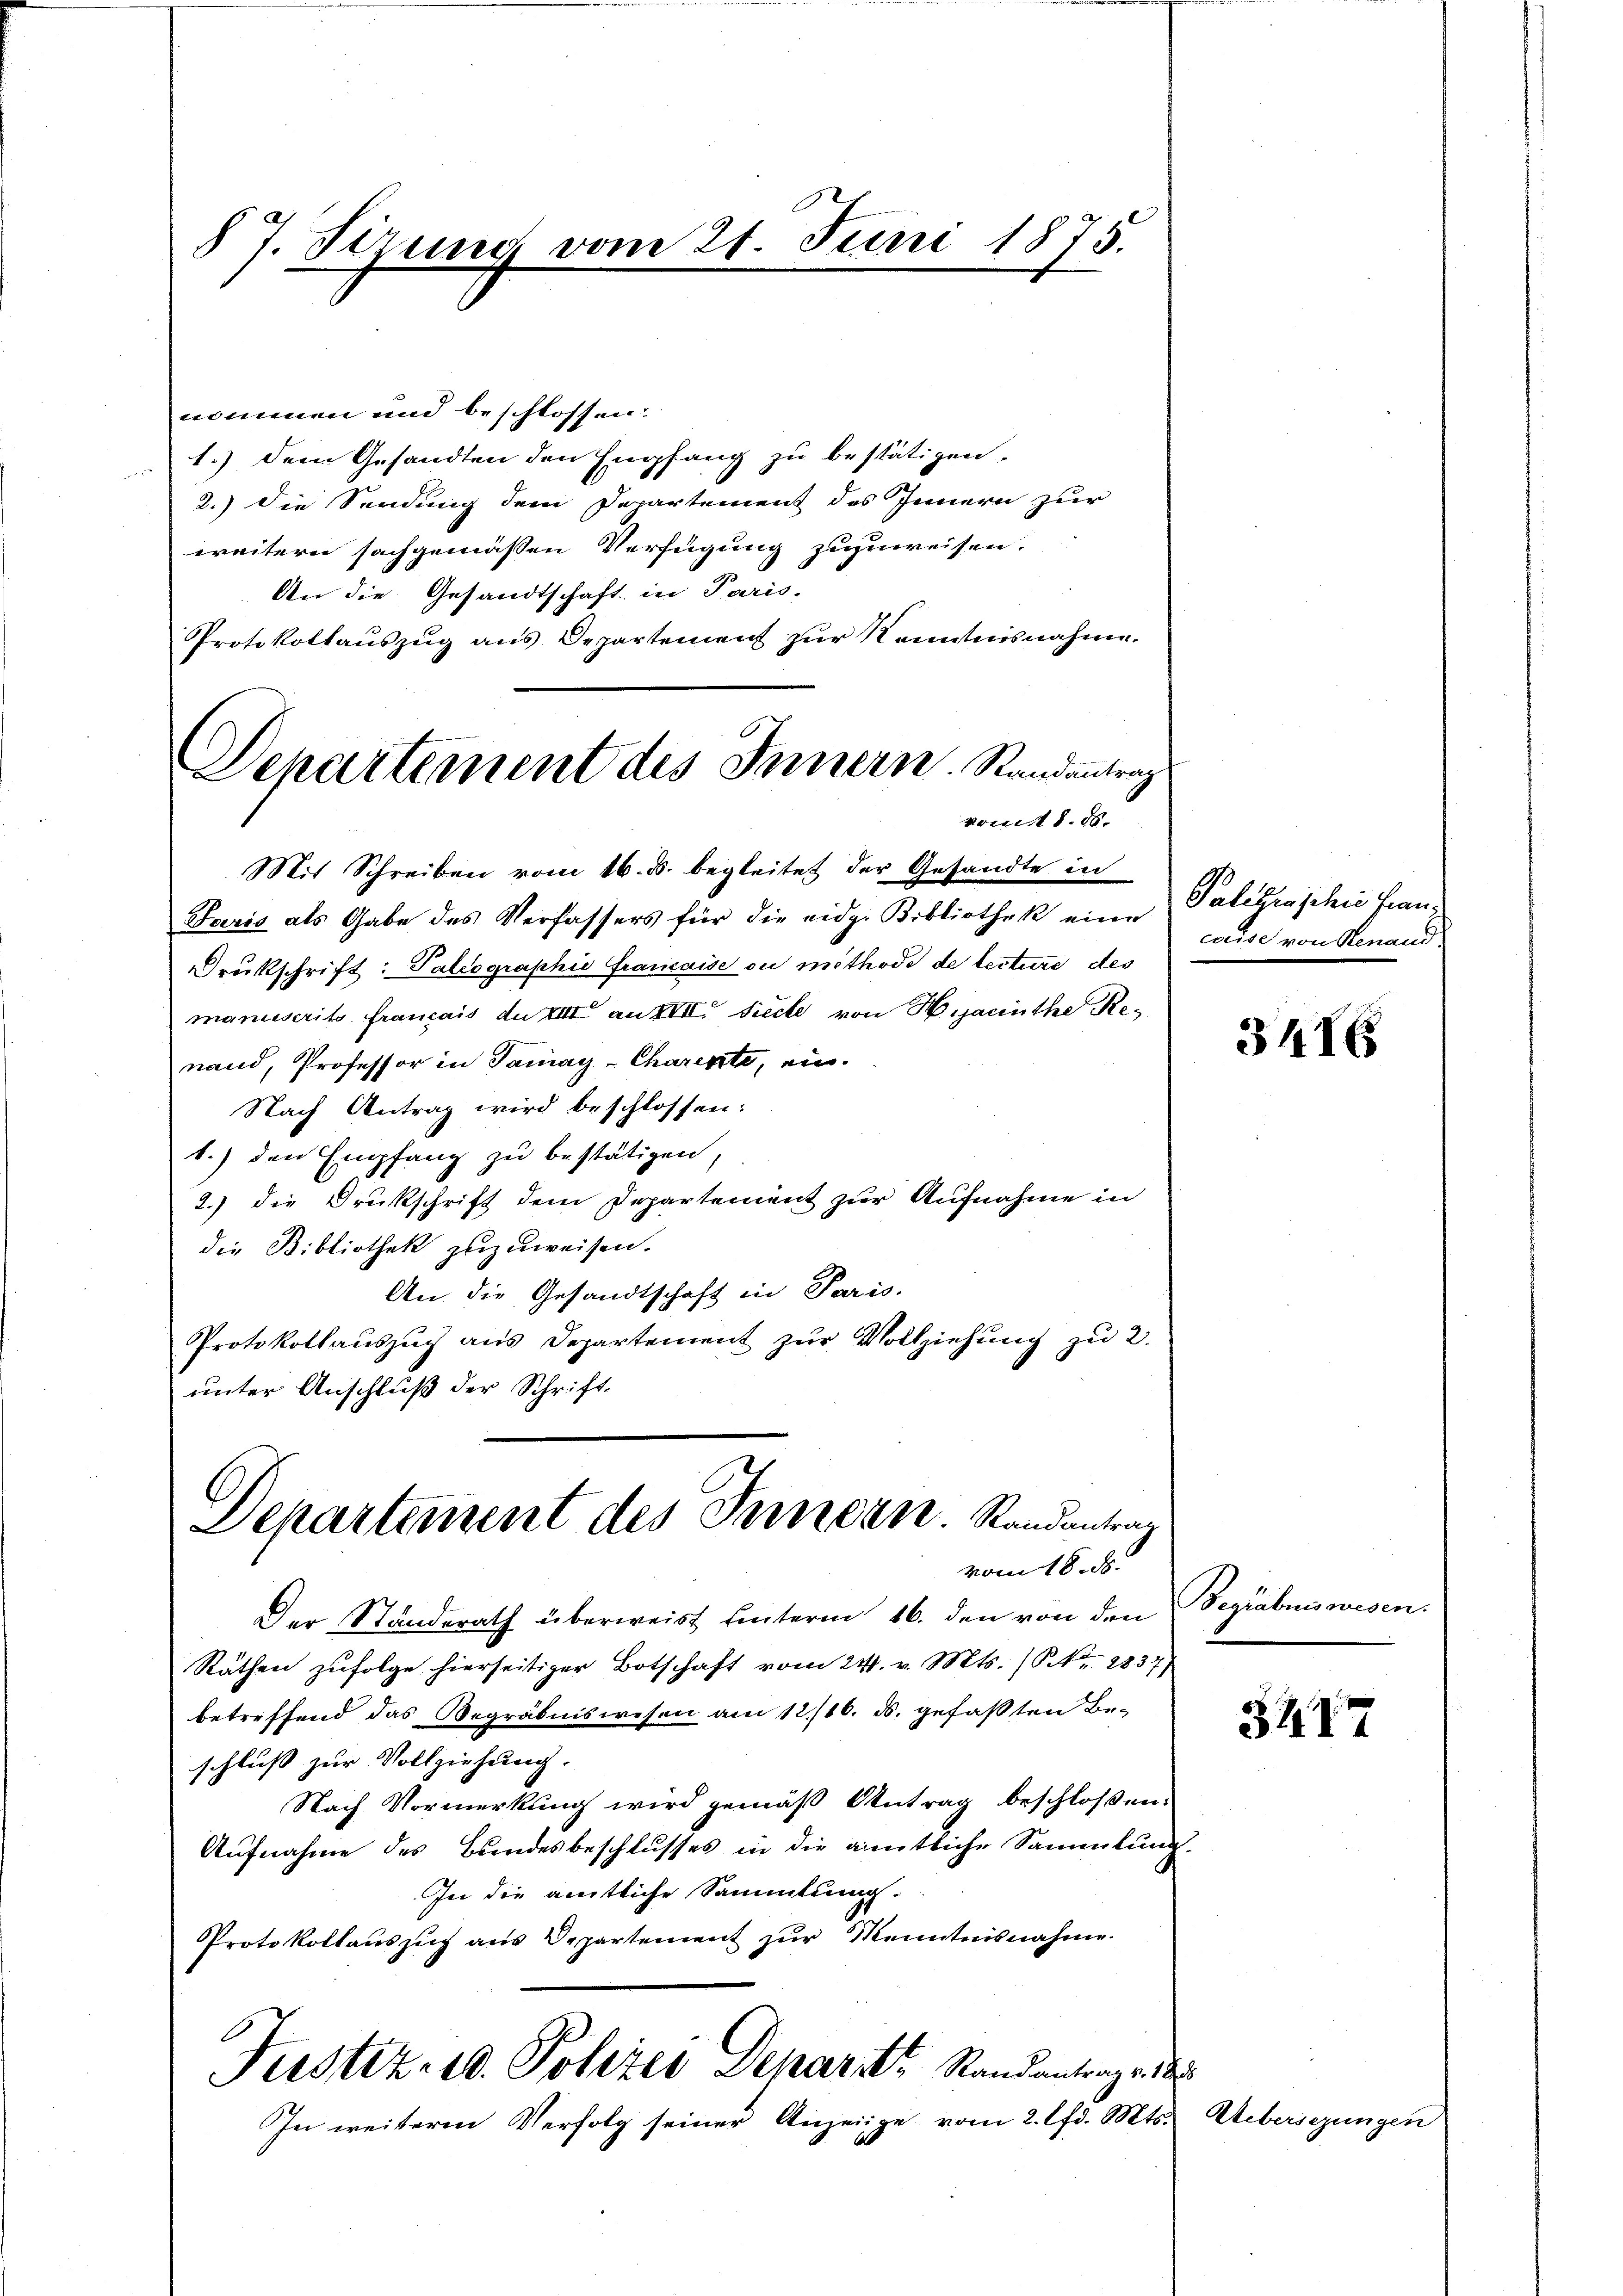
87. Sizung vom 21. Juni 1875.

nommen und beschlossen:
1.) Dem Gesandten den Empfang zu bestätigen.
2.) Die Sendung dem Departement des Innern zur
weitern sachgemässen Verfügung zuzuweisen.
An die Gesandtschaft in Paris-
Protokollaŭszŭg ans Departement zŭr Kenntnisnahme.
Departement des Innern. Randantrag

vom 8. 18.

Mit Schreiben vom 16. d. begleitet der Gesandte in
Faris als Gabe des Verfassers für die eidg. Bibliothek eine
Drukschrift: Paleographie francaise ou methode de lecture des
manuscrits français de XIII an XVII. Secte von Harthe Renand, Professor in Samay-Charente, ein.
Nach Antrag wird beschlossen:
1.) den Empfang zu bestätigen,
2.) die Drukschrift dem Departement zur Aufnahme in
die Bibliothek zuzuweisen.
An die Gesandtschaft in Paris.
Protokollaŭszŭg aŭs Departement zŭr Vollziehŭng zu 2.
unter Anschluß der Schrift¬

Departement des Innern. Randantrag
vom 18. d.

Der Stunderath überweist unterm 16. den von den
Räthen zŭfolge hierseitiger Botschaft vom 24. v. Mts. (S. 2837/
betreffend das Begräbniswesen am 12/16. ds. gefaßten Beschluss zur Vollziehung.
Nach Vormerkung wird gemäß Antrag beschlossen.
Aufnahme des Bundesbeschlusses in die amtliche Sammlung.
In die amtliche Sammlung
Protokollauszug aus Departement zur Kenntnisnahme.
Justiz- u. Polizei Deparitz Rand antrage d
In weitere Verfolg seiner Anzeige vom 2. lfd. Mts. Uebersezungen

Paligensche Francuise von Rinand

3416

Begibus wesen.

3474